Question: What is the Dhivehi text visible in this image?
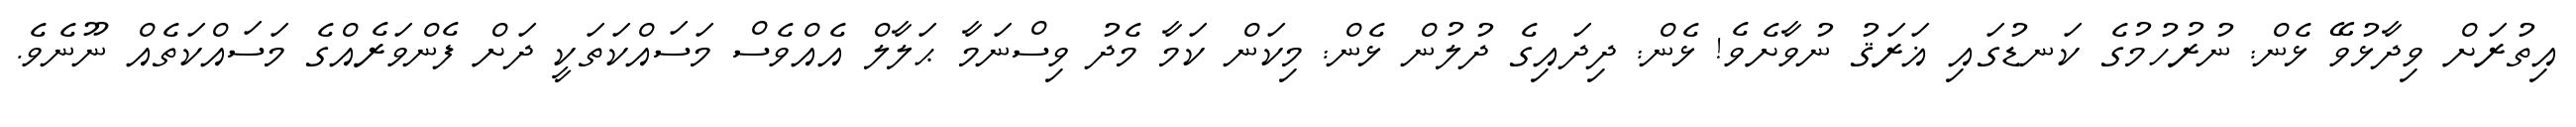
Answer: އިތުރަށް ވިދާޅުވޭ ޅެން: ނުރުހުމުގެ ކަނޑުގައި ޣަރަޤު ނުވާށެވެ! ޅެން: ދިދައިގެ ދުލުން ޅެން: މިކަން ކަމާ މެދު ވިސްނަމާ ޙަލާލް އެއްވެސް މަސައްކަތަކީ ދަށް ފެންވަރެއްގެ މަސައްކަތެއް ނޫނެވެ.